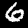
Label: 6